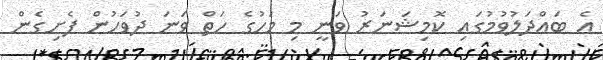
އެ ބައްދަލުވުމުގައި ކޮމިޝަނަރު ވަނީ މި މަހުގެ ހަތް ވަނަ ދުވަހުން ފެށިގެން